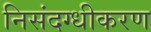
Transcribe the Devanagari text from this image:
निसंदग्धीकरण